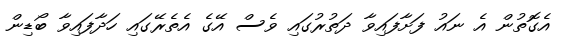
އެގޮތުން އެ ނައު ފަށާފައިވާ ދަތުރުގައި ވެސް އޭގެ އެތެރޭގައި ހަދާފައިވާ ބޯޑިން